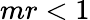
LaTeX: mr<1